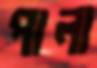
পালা